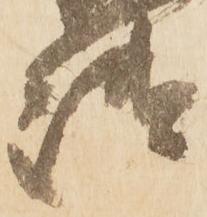
御